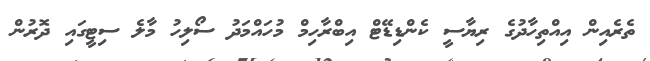
ތެރެއިން އިއްތިހާދުގެ ރިޔާސީ ކެންޑިޑޭޓް އިބްރާހިމް މުހައްމަދު ސޯލިހު މާލެ ސިޓީގައި ދޮރުން